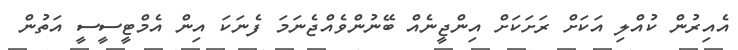
އެއިރުން ކުއްލި އަކަށް ރަށަކަށް އިންޖީނެއް ބޭނުންވެއްޖެނަމަ ފެނަކަ އިން އެމްޓީސީސީ އަތުން